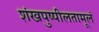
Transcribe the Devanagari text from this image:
शंखपुष्पीलतामूलं